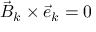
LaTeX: { \vec { B } } _ { k } \times { \vec { e } } _ { k } = 0